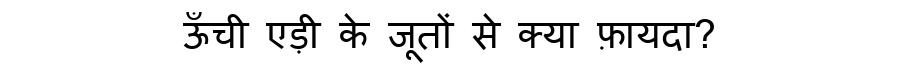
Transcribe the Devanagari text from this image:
ऊँची एड़ी के जूतों से क्या फ़ायदा?